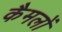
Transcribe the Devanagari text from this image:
कैमलों